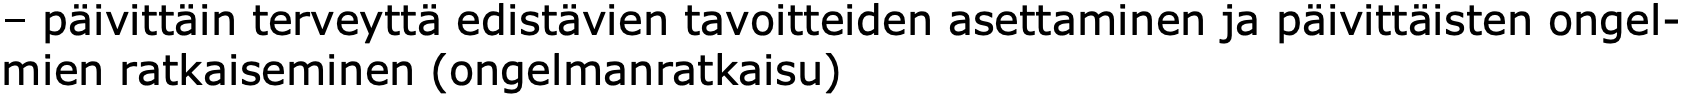
– päivittäin terveyttä edistävien tavoitteiden asettaminen ja päivittäisten ongel- mien ratkaiseminen (ongelmanratkaisu)